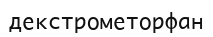
декстрометорфан